Vaccination in the Punjab 1867-1880 - 1867-1880
Year: 1867
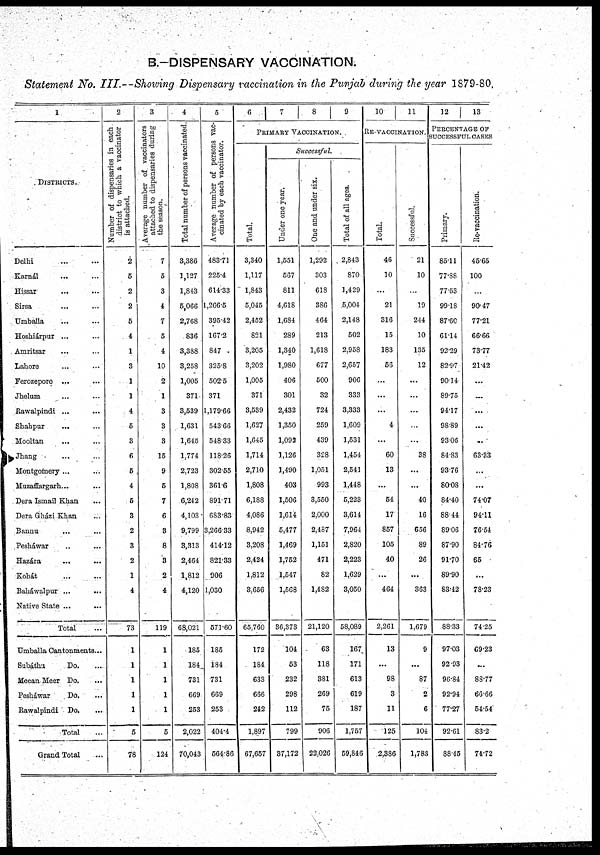
B.—DISPENSARY VACCINATION.
Statement No. III.-Showing
Dispensary vaccination in the Punjab during the year 1879-80.
1
DISTRICTS.
Delhi
...
...
Karnál ... ...
Hissar ... ...
Sirsa ... ...
Umballa ... ...
Hoshiárpur ... ...
Amritsar ... ...
Lahore ... ...
Ferozepore ... ...
Jhelum ... ...
Rawalpindi ... ...
Shahpur
... ...
Mooltan ... ...
Jhang ... ...
Montgomery ... ...
Muzaffargarh... ...
Dera Ismail Khan ...
Dera Gházi Khan ...
Bannu ... ...
Pesháwar ... ...
Hazára ... ...
Kohát ... ...
Baháwalpur ... ...
Native State ... ...
Total ...
Umballa Cantonments...
Subáthu
Do. ...
Meean Meer Do. ...
Pesháwar
Do. ...
Rawalpindi Do. ...
Total ...
Grand Total ...
2
Number of dispensaries in each
district to which a vaccinator
is attached.
2
5
2
2
5
4
1
3
1
1
4
5
3
6
5
4
5
3
2
3
2
1
4
73
1
1
1
1
1
5
78
3
Average number of vaccinators
attached to dispensaries during
the season.
7
5
3
4
7
5
4
10
2
1
3
3
3
15
9
5
7
6
3
8
3
2
4
119
1
1
1
1
1
5
124
4
Total number of persons vaccinated.
3,386
1,127
1,843
5,066
2,768
836
3,388
3,258
1,005
371
3,539
1,631
1,645
1,774
2,723
1,808
6,242
4,103
9,799
3,313
2,464
1,812
4,120
68,021
185
184
731
669
253
2,022
70,043
5
Average number of persons vac-
cinated by each vaccinator.
483.71
225.4
614.33
1,266.5
395.42
167.2
847
325.8
502.5
371
1,179.66
543.66
548.33
118.26
302.55
361.6
891.71
683.83
3,266.33
414.12
821.33
906
1,030
571.60
185
184
731
669
253
404.4
564.86
6 7 8 9
PRIMARY VACCINATION.
Total.
3,340
1,117
1,843
5,045
2,452
821
3,205
3,202
1,005
371
3,539
1,627
1,645
1,714
2,710
1,808
6,188
4,086
8,942
3,208
2,424
1,812
3,656
65,760
172
184
633
666
242
1,897
67,657
Successful.
Under one year.
1,551
567
811
4,618
1,684
289
1,340
1,980
406
301
2,432
1,350
1,092
1,126
1,490
403
1,506
1,614
5,477
1,469
1,752
1,547
1,568
36,373
104
53
232
298
112
799
37,172
One and under six.
1,292
303
618
386
464
213
1,618
677
500
32
724
259
439
328
1,051
993
3,550
2,000
2,487
1,151
471
82
1,482
21,120
63
118
381
269
75
906
22,026
Total of all ages.
2,843
870
1,429
5,004
2,148
502
2,958
2,657
906
333
3,333
1,609
1,531
1,454
2,541
1,448
5,223
3,614
7,964
2,820
2,223
1,629
3,050
58,089
167
171
613
619
187
1,757
59,846
10
11
RE-VACCINATION.
Total.
46
10
...
21
316
15
183
56
...
...
...
4
...
60
13
...
54
17
857
105
40
...
464
2,261
13
...
98
3
11
125
2,386
Successful.
21
10
...
19
244
10
135
12
...
...
...
...
...
38
...
...
40
16
656
89
26
...
363
1,679
9
...
87
2
6
104
1,783
12 13
PERCENTAGE OF
SUCCESSFUL CASES
Primary.
85.11
77.88
77.53
99.18
87.60
61.14
92.29
82.97
90.14
89.75
94.17
98.89
93.06
84.83
93.76
80.08
84.40
88.44
89.06
87.90
91.70
89.90
83.42
88.33
97.03
92.93
96.84
92.94
77.27
92.61
88.45
Re-vaccination.
45.65
100
...
90.47
77.21
66.66
73.77
21.42
...
...
...
...
...
63.33
...
...
74.07
94.11
76.54
84.76
65
...
78.23
74.25
69.23
...
88.77
66.66
54.54
83.2
74.72